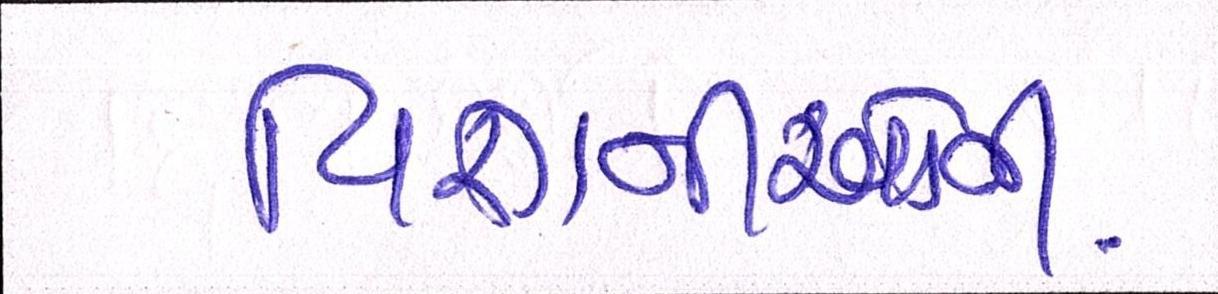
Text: વિજ્ઞાનીઓની